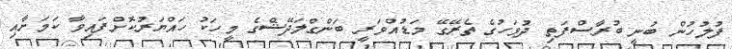
ފުލުހުން ބުނީ ބުރާސްފަތި ދުވަހުގެ ތެރޭގޭ މަޑުއްވަރީ ބަންގްލަދޭޝްގެ މީހަކު ހައްޔަރުކޮށްފައިވާ ކަމަށާއި